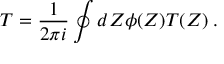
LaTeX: { \cal T } = \frac { 1 } { 2 \pi i } \oint d Z \phi ( Z ) T ( Z ) \; .